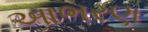
આભરણ